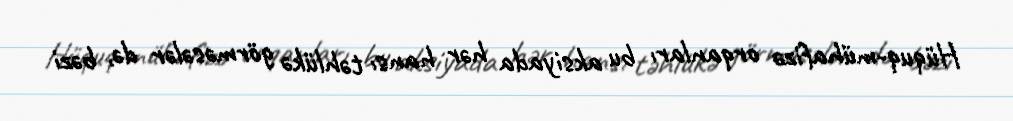
Hüquq-mühafizə orqanları bu aksiyada hər hansı təhlükə görməsələr də, bəzi